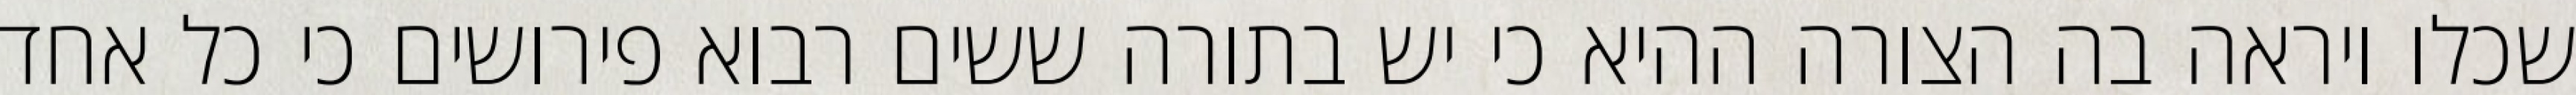
שכלו ויראה בה הצורה ההיא כי יש בתורה ששים רבוא פירושים כי כל אחד